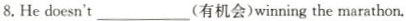
8.Hedoesn't___(有机会)winning the marathon.